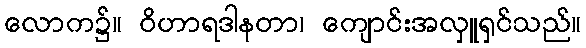
လောက၌။ ဝိဟာရဒါနတာ၊ ကျောင်းအလှူရှင်သည်။